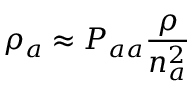
\rho _ { a } \approx P _ { a a } \frac { \rho } { n _ { a } ^ { 2 } }